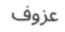
عزوف